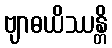
ဗျာဓယိဿန္တိ